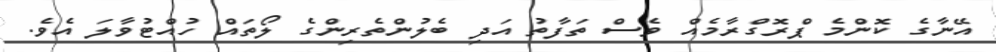
އޭނާގެ ކޮންމެ ޕްރޮގްރާމެއް ވެސް ތަފާތު އަދި ބެލުންތެރިންގެ ލޯތައް ހުއްޓުވާލަ އެވެ.